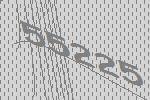
55225